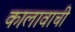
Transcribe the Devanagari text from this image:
कालावाची